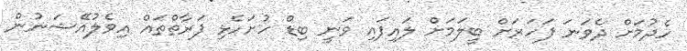
ހެދުމަށް ދެވަނަ ފަހަރަށް ބީލަމަށް ލައިފައި ވަނީ ބިޑް ހުށަހެޅި ފަރާތްތައް އިވެލުއޭޝަނުން